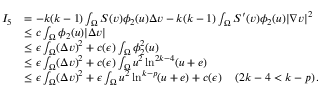
\begin{array} { r l } { I _ { 5 } } & { = - k ( k - 1 ) \int _ { \Omega } S ( v ) \phi _ { 2 } ( u ) \Delta v - k ( k - 1 ) \int _ { \Omega } S ^ { \prime } ( v ) \phi _ { 2 } ( u ) | \nabla v | ^ { 2 } } \\ & { \leq c \int _ { \Omega } \phi _ { 2 } ( u ) | \Delta v | } \\ & { \leq \epsilon \int _ { \Omega } ( \Delta v ) ^ { 2 } + c ( \epsilon ) \int _ { \Omega } \phi _ { 2 } ^ { 2 } ( u ) } \\ & { \leq \epsilon \int _ { \Omega } ( \Delta v ) ^ { 2 } + c ( \epsilon ) \int _ { \Omega } u ^ { 2 } \ln ^ { 2 k - 4 } ( u + e ) } \\ & { \leq \epsilon \int _ { \Omega } ( \Delta v ) ^ { 2 } + \epsilon \int _ { \Omega } u ^ { 2 } \ln ^ { k - p } ( u + e ) + c ( \epsilon ) \quad \left( 2 k - 4 < k - p \right) . } \end{array}